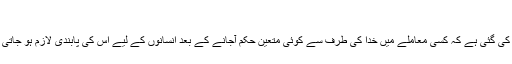
چنانچہ دیکھیے:
قرآن مجید میں یہ بات مختلف پہلووں سے واضح کی گئی ہے کہ کسی معاملے میں خدا کی طرف سے کوئی متعین حکم آجانے کے بعد انسانوں کے لیے اس کی پابندی لازم ہو جاتی ہے اور وہ اس سے گریز کا اختیار نہیں رکھتے۔